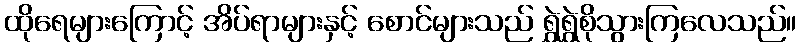
ထိုရေများကြောင့် အိပ်ရာများနှင့် စောင်များသည် ရွှဲရွှဲစိုသွားကြလေသည်။